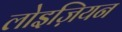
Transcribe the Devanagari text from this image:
लोइज़ियन